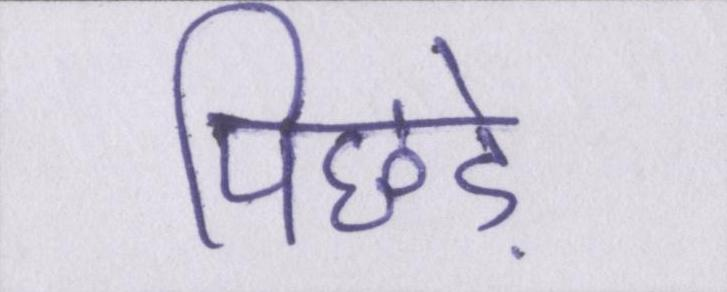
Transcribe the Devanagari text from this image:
पिछड़े